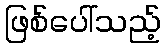
ဖြစ်ပေါ်သည့်